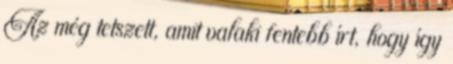
Az még tetszett, amit valaki fentebb írt, hogy így